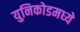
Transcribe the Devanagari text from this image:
युनिकोडमध्‍ये